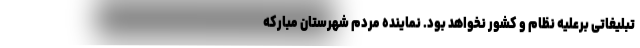
تبلیغاتی برعلیه نظام و کشور نخواهد بود. نماینده مردم شهرستان مبارکه